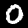
Label: 0